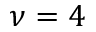
\nu = 4